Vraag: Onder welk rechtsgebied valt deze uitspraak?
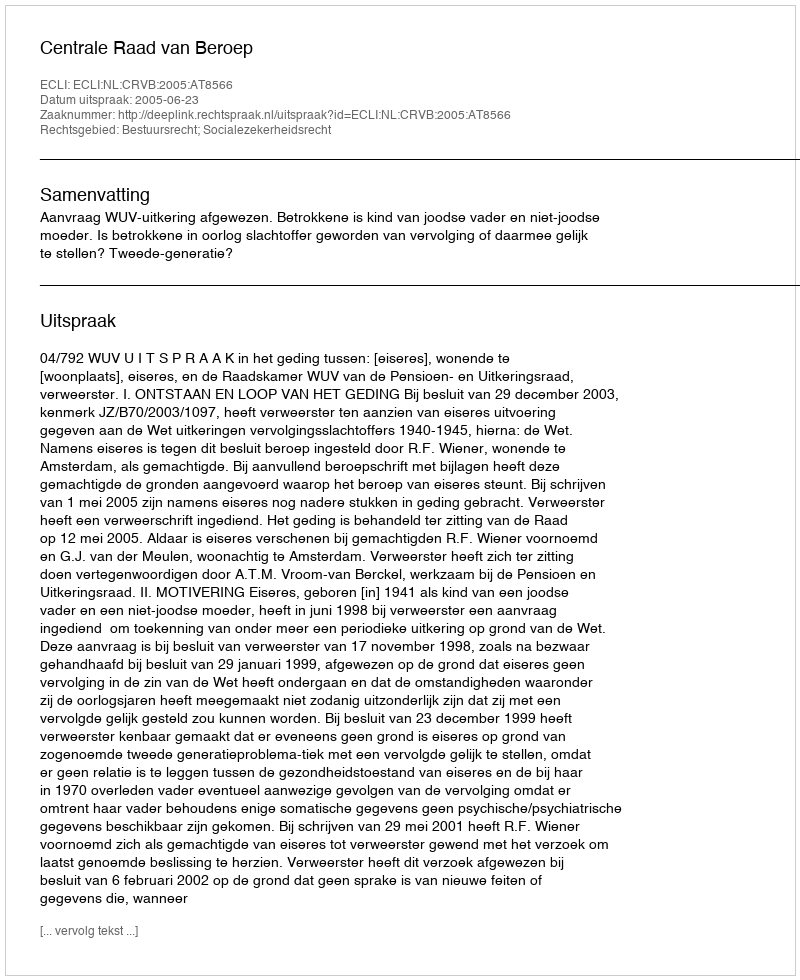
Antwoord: Bestuursrecht; Socialezekerheidsrecht